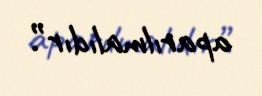
aparılmalıdır”.